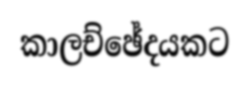
කාලච්ඡේදයකට